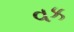
વક